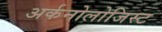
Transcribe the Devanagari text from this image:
अर्कनोलोजिस्ट